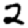
Digit: 2